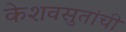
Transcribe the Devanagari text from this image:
केशवसुतांची